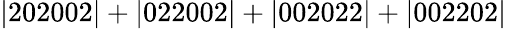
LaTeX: \mathrm{|202002|+|022002|+|002022|+|002202|}